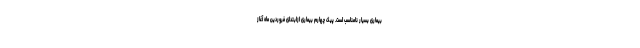
بیماری بسیار نامناسب است. پیک چهارم بیماری ازابتدای فروردین ماه آغاز